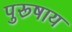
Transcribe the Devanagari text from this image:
पुरूषाय